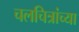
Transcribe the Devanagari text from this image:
चलचित्रांच्या